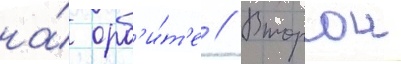
на́ орб'и́т'е // Второи